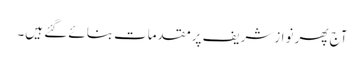
آج پھر نوازشریف پرمقدمات بنائے گئے ہیں۔